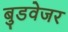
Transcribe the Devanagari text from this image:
बुडवेजर